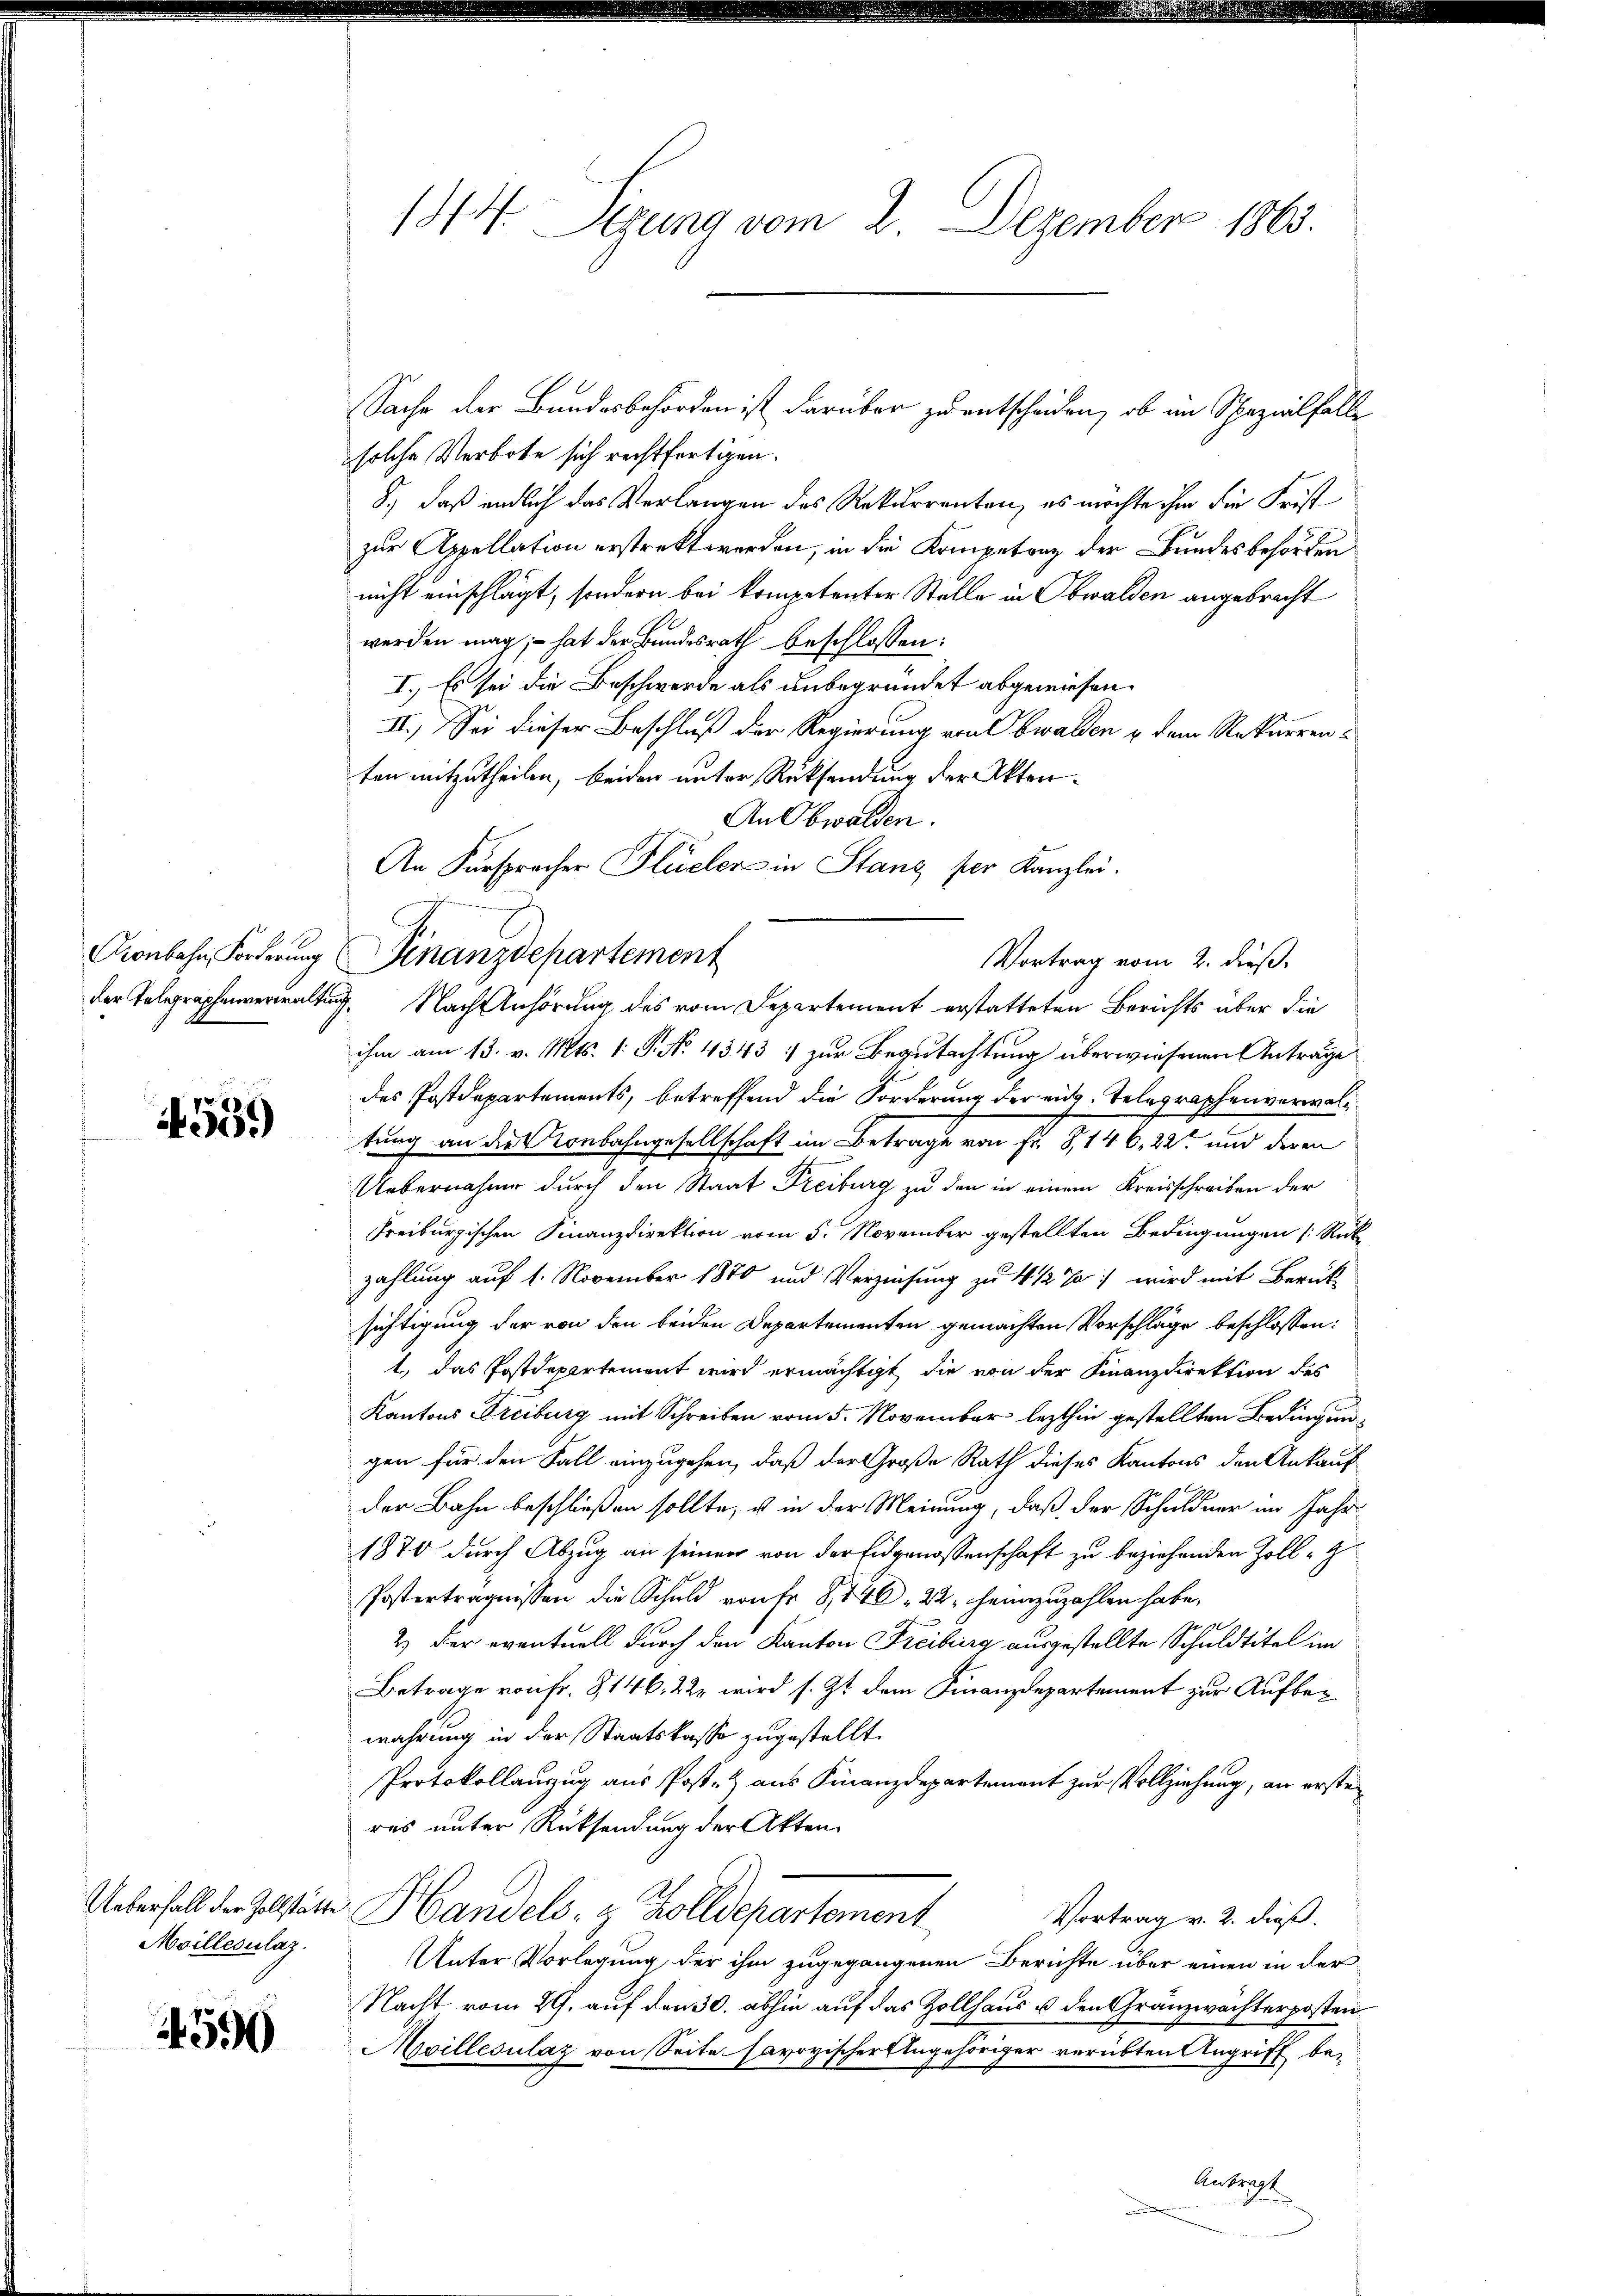
559)

Moillesalaz.

590

144. Segung vom 2. Dezember 1863.

solche Verbote sich rechtfertigen.
8.) daß endlich das Verlangen des Rekurrenten, es möchte ihm die Frist
zur Appellation erstrekt worden, in die Kompetenz der Bundesbehörden
nicht einschlägt, sondern bei kompetenter Stelle in Obwalden angebracht
werden mag; – hat der Bundesrath beschlossen:
I.) Es sei die Beschwerde als unbegründet abgewiesen.
II.) Sei dieser Beschluß der Regierung von Obwalden u dem Rekurrenten mitzutheilen, beiden unter Rücksendung der Akten¬
An Obwalden.
An Fürsprocher Flüeler in Stanz per Kanzlei.
Vortrag vom 2. dieß.
der Telegraphenverwaltung. Nach Anhörung des vom Departement erstatteten Berichts über die
ihm am 13. v. Mts. 1. P. No 4343 :/ zur Begutachtung überwiesenen Antrage
des Postdepartements, betreffend die Forderung der eid. Telegraphenverwalttung an die Rorbahngesellschaft im Betrage von Fr. 8, 146, 22 und deren
Uebernahme durch den Staat Freiburg zu den in einem Kreisschreiben der
Freiburgischen Finanzdirektion vom 5. November gestellten Bedingungen [Rük-
zahlung auf 1. November 1870 und Verziehung zu 4 1/2 Ja wird mit Berücksichtigung der von den beiden Departementen gemachten Vorschläge beschlossen:
1., das Postdepartement wird ermächtigt, die von der Finanzdirektion des
Kantons Freiburg mit Schreiben vom 5. November lezthin gestellten Bedingungen für den Fall einzugehen, daß der Große Rath dieses Kantons den Ankauf
der Bahn beschließen sollte, u in der Meinung, daß der Schuldner im Jahr
1870 durch Abzug an seinen von der Eidgenossenschaft zu beziehenden Zoll-G
Posterträgnissen die Schuld von Fr. 8, 146. 22, heimzuzahlen habe.
2.) Der eventuell durch den Kanton Freiburg ausgestellte Schuldtitel im
Betrage von Fr. 8146. 222 wird s. Zt. dem Finanzdepartement zur Aufbewahrung in der Staatskasse zugestellt.
Protokollanzug aus Post- & aus Finanzdepartement zur Vollziehung, an ersten
res unter Rücksendung der Akten.
.
Ueberfall der Polste Handels- & Zolldepartement
Vortrag v. 2. dieß.
Unter Vorlegung der ihm zugegangenen Berichte über einen in der
Nacht vom 29. auf den 30. abhin auf das Zollhaus u. den Gränzwächterposten
Moillesulaz von Seite savoyischer Angehöriger verübten Angriff be¬
Antragt

Cronbahn Forderung Finanzdepartement

Sache der Bundesbehörden ist darüber zu entscheiden, ob an Spezialfalle